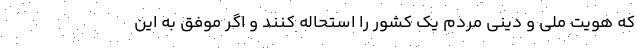
که هویت ملی و دینی مردم یک کشور را استحاله کنند و اگر موفق به این